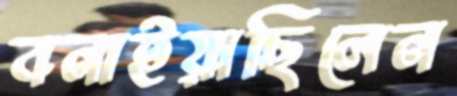
বনাইয়াছিলেন